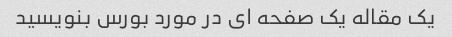
یک مقاله یک صفحه ای در مورد بورس بنویسید